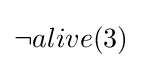
\neg alive(3)